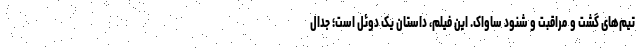
تیم‌های گشت و مراقبت و شنود ساواک. این فیلم، داستان یک دوئل است؛ جدال